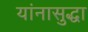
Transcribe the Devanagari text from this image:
यांनासुद्धा